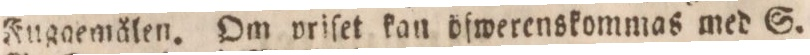
Fuggemålen. Om priſet kan öfwerenskommas med S.